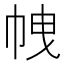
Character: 𢂝